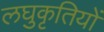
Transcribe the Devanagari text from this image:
लघुकृतियों